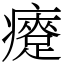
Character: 㿓